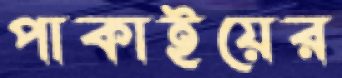
পাকাইয়ের